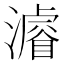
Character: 𤀹